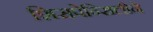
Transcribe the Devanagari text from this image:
शिसपेन्सिलीने